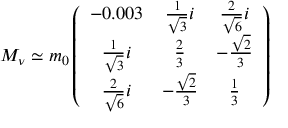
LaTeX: M _ { \nu } \simeq m _ { 0 } \left( \begin{array} { c c c } { { - 0 . 0 0 3 } } & { { \frac { 1 } { \sqrt { 3 } } i } } & { { \frac { 2 } { \sqrt { 6 } } i } } \\ { { \frac { 1 } { \sqrt { 3 } } i } } & { { \frac { 2 } { 3 } } } & { { - \frac { \sqrt { 2 } } { 3 } } } \\ { { \frac { 2 } { \sqrt { 6 } } i } } & { { - \frac { \sqrt { 2 } } { 3 } } } & { { \frac { 1 } { 3 } } } \end{array} \right)